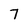
Character: 7